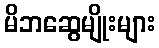
မိဘဆွေမျိုးများ